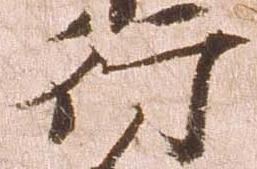
行